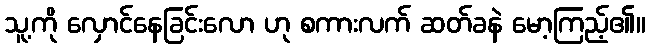
သူ့ကို လှောင်နေခြင်းလော ဟု စကားလက် ဆတ်ခနဲ မော့ကြည့်၏။